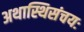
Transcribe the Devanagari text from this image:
अथास्थिसंचयः